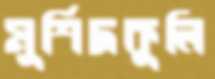
মুর্শিদকুলি